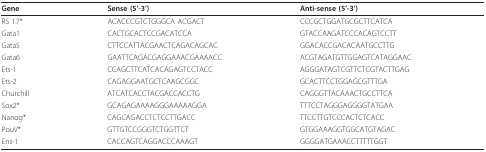
<table><thead><tr><td><b>Gene</b></td><td><b>Sense (5&#x27;-3&#x27;)</b></td><td><b>Anti-sense (5&#x27;-3&#x27;)</b></td></tr></thead><tbody><tr><td>RS 17*</td><td>ACACCCGTCTGGGCA ACGACT</td><td>CCCGCTGGATGCGCTTCATCA</td></tr><tr><td>Gata1</td><td>CACTGCACTCCGACATCCA</td><td>GTACCAAGATCCCACAGTCCTT</td></tr><tr><td>Gata5</td><td>CTTCCATTACGAACTCAGACAGCAC</td><td>GGACACCGACACAATGCCTTG</td></tr><tr><td>Gata6</td><td>GAATTCAGACGAGGAAACGAAAACC</td><td>ACGTAGATGTTGGAGTCATAGGAAC</td></tr><tr><td>Ets-1</td><td>CCAGCTTCATCACAGAGTCCTACC</td><td>AGGGATAGTCGTTCTCGTACTTGAG</td></tr><tr><td>Ets-2</td><td>CAGAGGAATGCTCAAGCGGC</td><td>GCACTTCCTGGAGCGTTTGA</td></tr><tr><td>Churchill</td><td>ATCATCACCTACGACCACCTG</td><td>CAGGGTTACAAACTGCCTTCA</td></tr><tr><td>Sox2*</td><td>GCAGAGAAAAGGGAAAAAGGA</td><td>TTTCCTAGGGAGGGGTATGAA</td></tr><tr><td>Nanog*</td><td>CAGCAGACCTCTCCTTGACC</td><td>TTCCTTGTCCCACTCTCACC</td></tr><tr><td>PouV*</td><td>GTTGTCCGGGTCTGGTTCT</td><td>GTGGAAAGGTGGCATGTAGAC</td></tr><tr><td>Ens-1</td><td>CACCAGTCAGGACCCAAAGT</td><td>GGGGATGAAACCTTTTTGGT</td></tr></tbody></table>